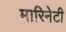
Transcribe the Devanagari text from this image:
मारिनेटी